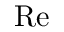
\mathrm { R e }